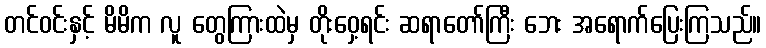
တင်ဝင်းနှင့် မိမိက လူ တွေကြားထဲမှ တိုးဝှေ့ရင်း ဆရာတော်ကြီး ဘေး အရောက်ပြေးကြသည်။